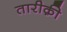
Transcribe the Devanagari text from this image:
तारीक़ी